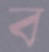
ব